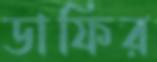
ডাফির